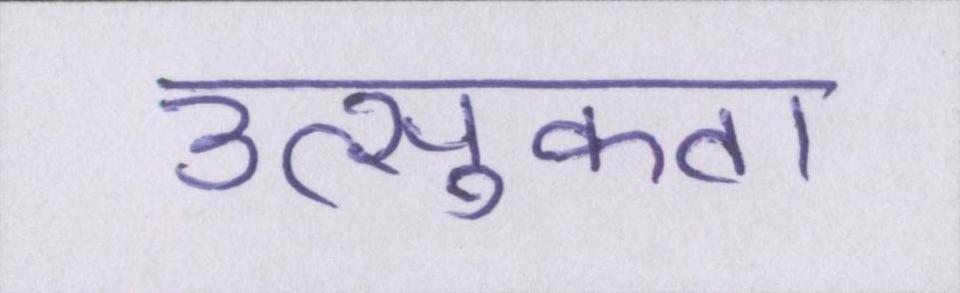
उत्सुकता